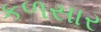
કળસાર